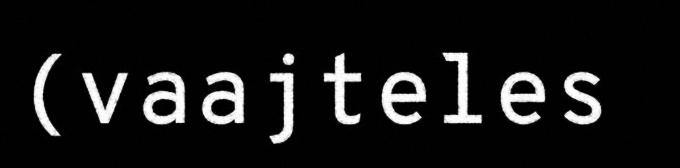
(vaajteles